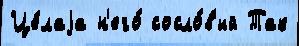
Це́лаjа н'его́ сосло́в'ий Так